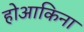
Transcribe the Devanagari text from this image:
होआकिना